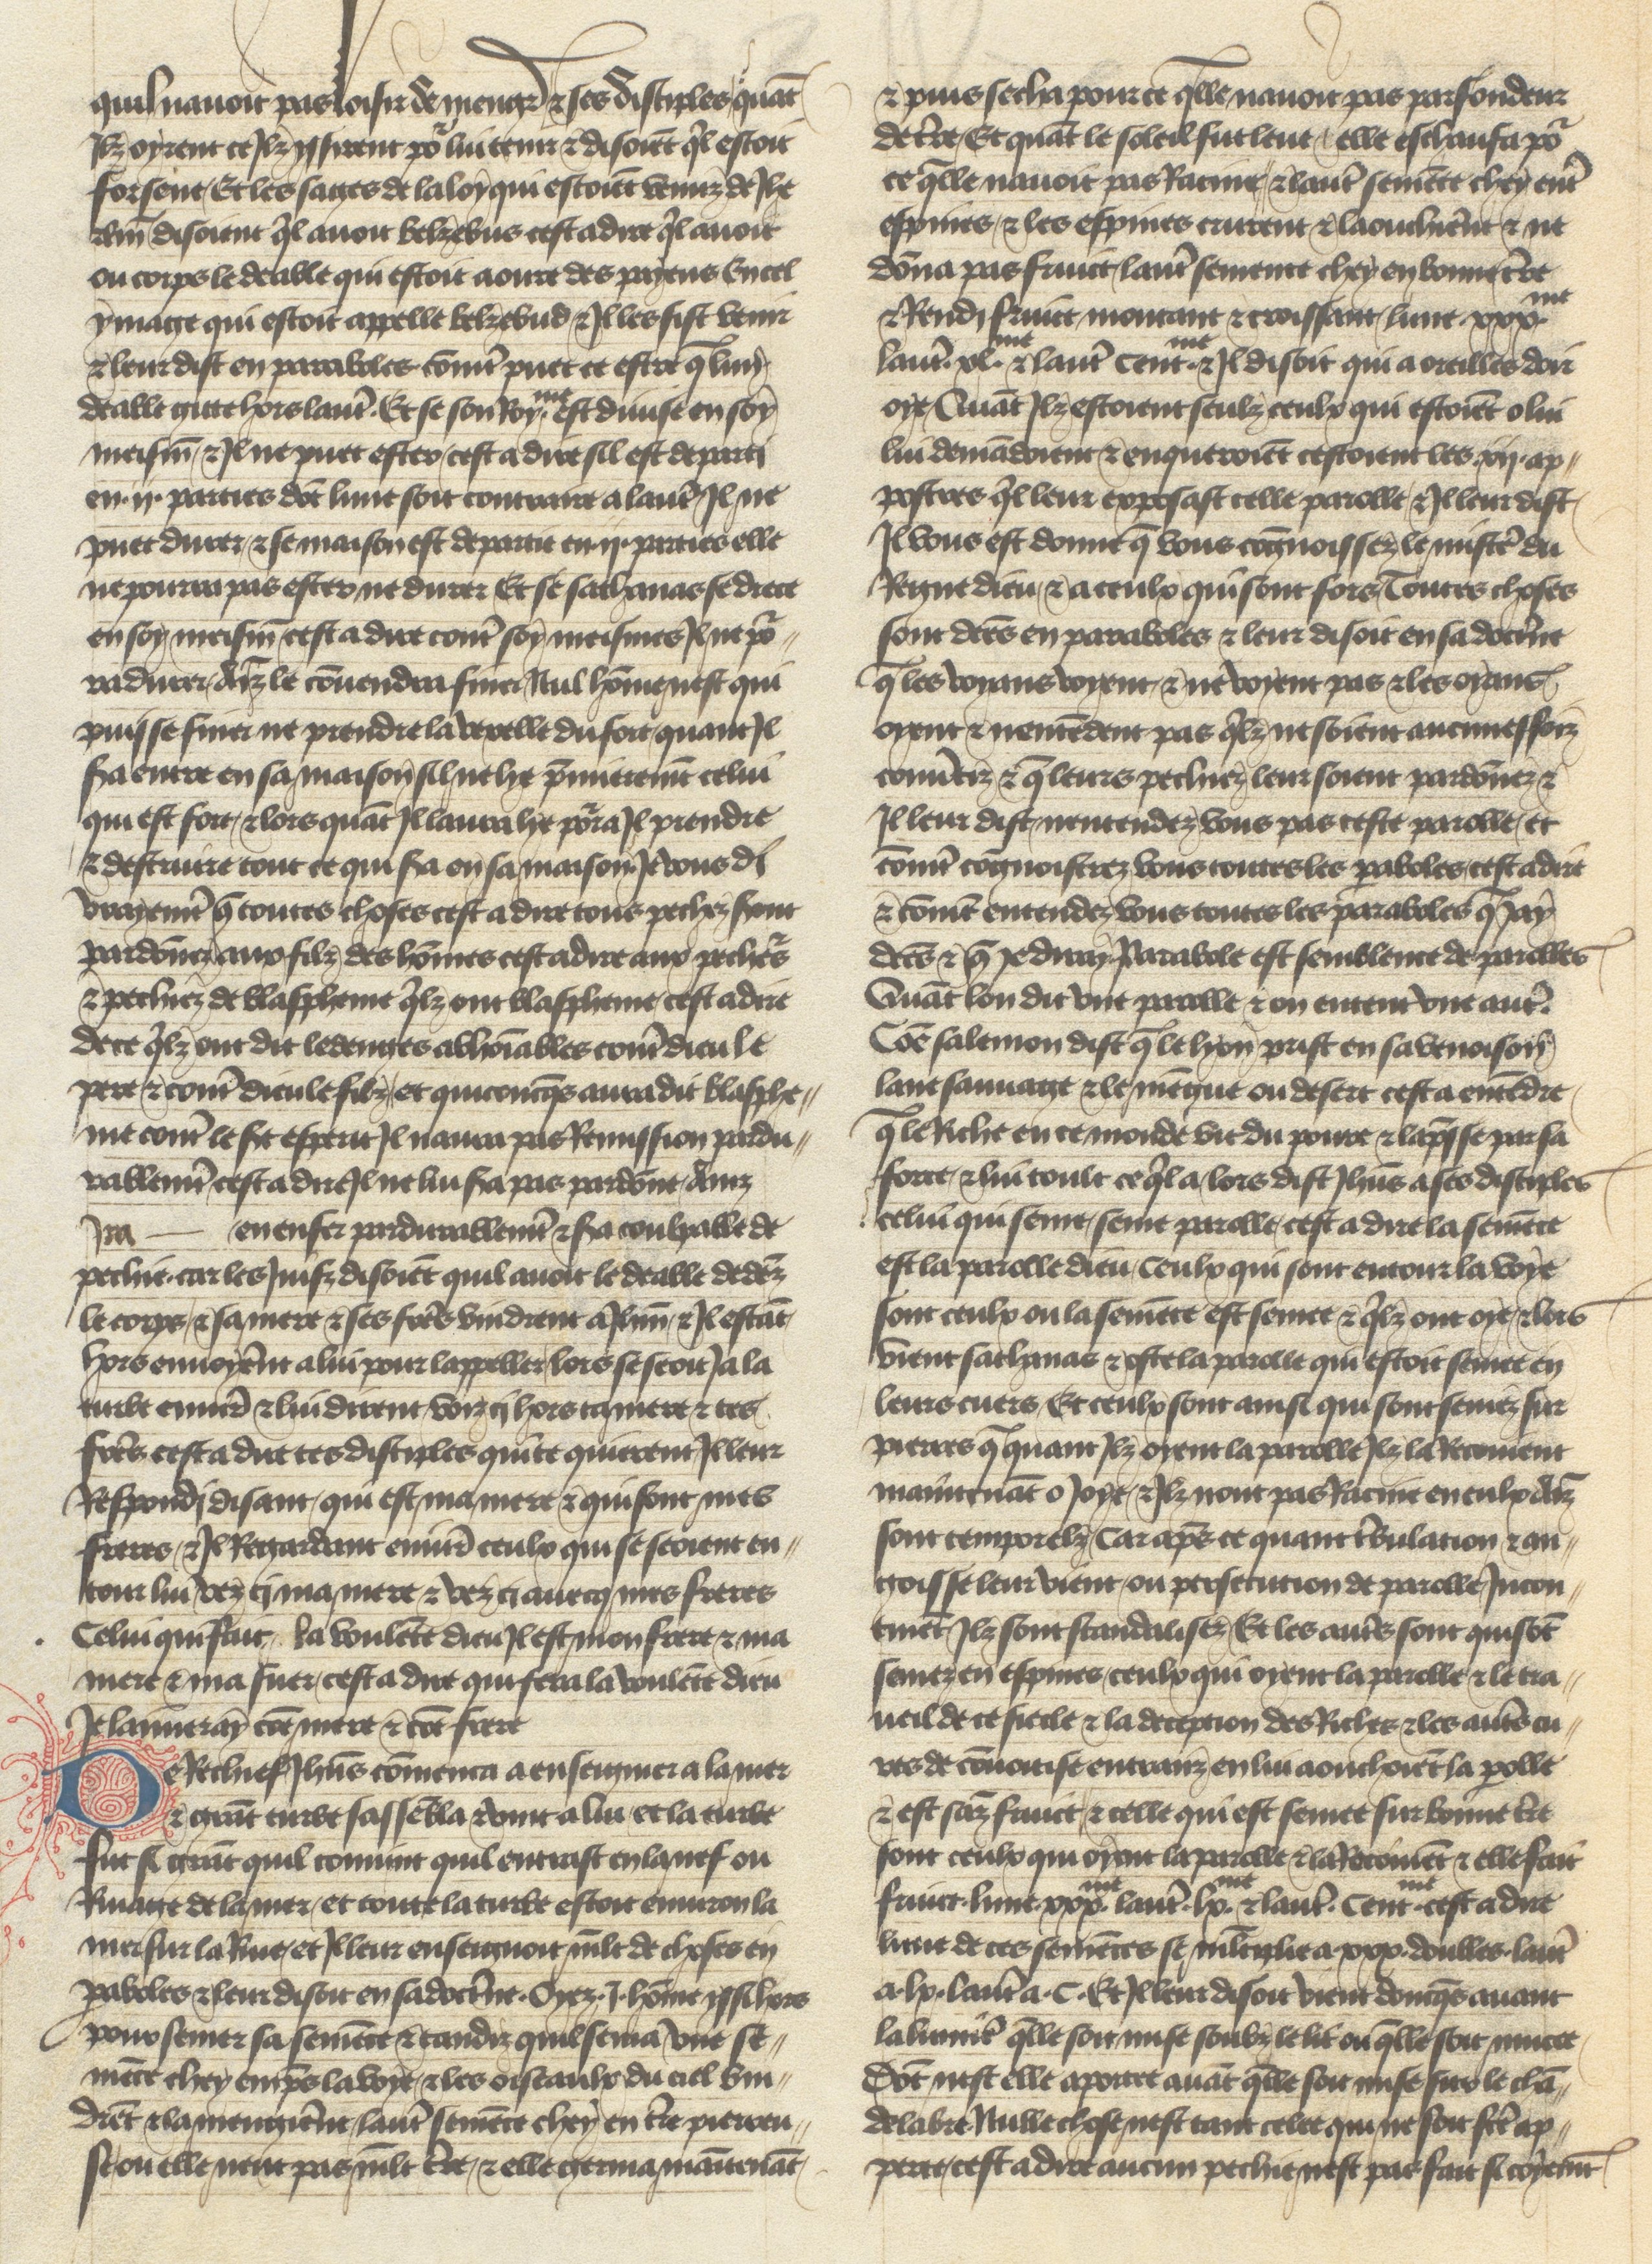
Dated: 1400–1450